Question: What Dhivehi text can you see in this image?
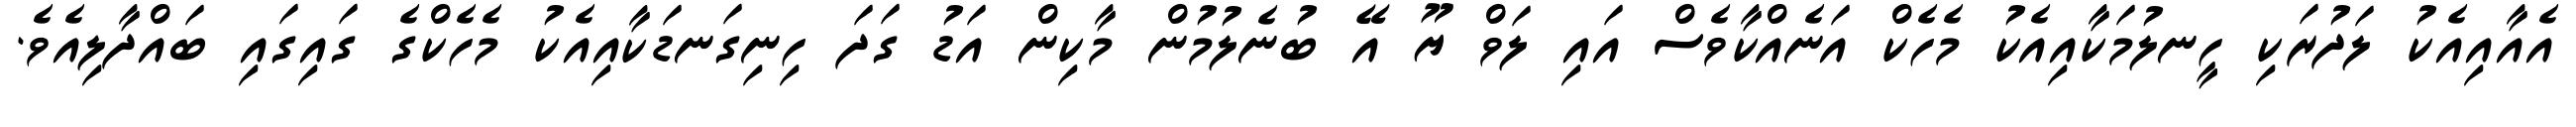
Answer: އެއާއިއެކު ލަދުރަކި ހީނލުމަކާއިއެކު މެހެކް އަނެއްކާވެސް އައި ލަވް ޔޫ އޭ ބުނެލުމުން މާކިން އަޑު ގަދަ ހިނިގަނޑަކާއިއެކު މެހެކްގެ ގައިގައި ބައްދާލިއެވެ.